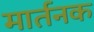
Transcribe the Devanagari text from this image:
मार्तनक